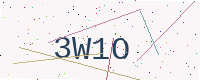
Text: 3W1O